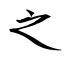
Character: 之